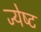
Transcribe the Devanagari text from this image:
ज्‍येष्‍ट